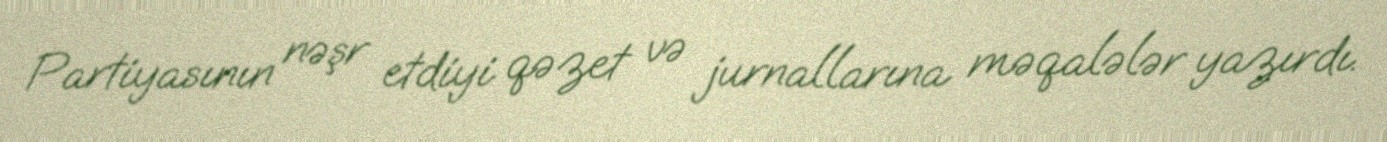
Partiyasının nəşr etdiyi qəzet və jurnallarına məqalələr yazırdı.